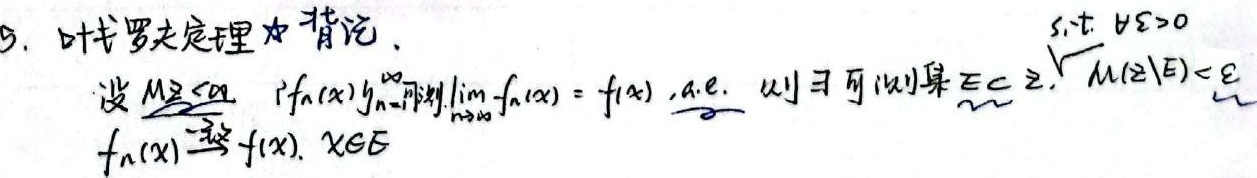
5. 叶戈罗夫定理 背景：设 \(M \subseteq \sigma -\)有限集，\(\{f_n(x)\}_{n = 1}^{\infty}\) 是可测函数列，\(\lim_{n\rightarrow\infty} f_n(x)=f(x)\) 几乎处处成立。则存在可测集 \(E\subset M\)，使得对于任意 \(\varepsilon>0\)，有 \(M(M\setminus E)<\varepsilon\)，且 \(f_n(x)\xrightarrow{\text{一致}} f(x)\)，\(x\in E\)。